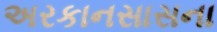
અરકાનસાસના